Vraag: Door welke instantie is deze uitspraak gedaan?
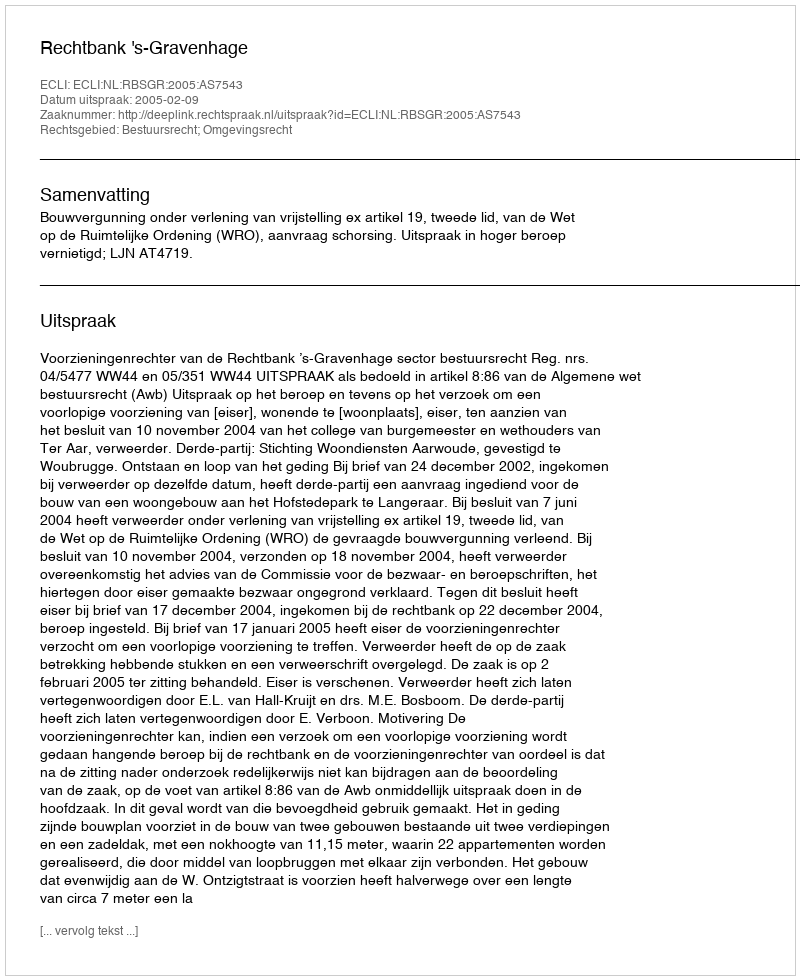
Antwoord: Rechtbank 's-Gravenhage